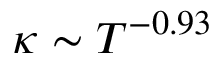
\kappa \sim T ^ { - 0 . 9 3 }